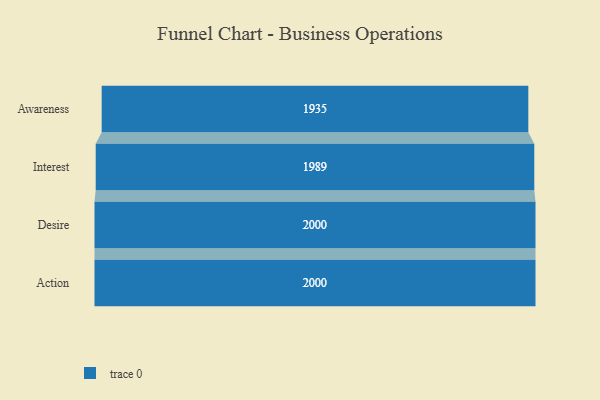
{"axis": {"x": "Stage", "y": "Value"}, "legend": [""], "data": [{"x": "Awareness", "y": 1935.0, "type": ""}, {"x": "Interest", "y": 1989.0, "type": ""}, {"x": "Desire", "y": 2000, "type": ""}, {"x": "Action", "y": 2000, "type": ""}]}